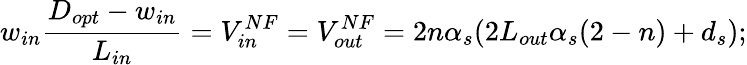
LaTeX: w_{in}\frac{D_{opt}-w_{in}}{L_{in}}=V_{in}^{NF}=V_{out}^{NF}=2n\alpha_{s}(2L_{out}\alpha_{s}(2-n)+d_{s});